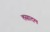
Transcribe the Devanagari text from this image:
तसादम